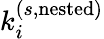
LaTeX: k_{i}^{(s,\mathrm{nested})}